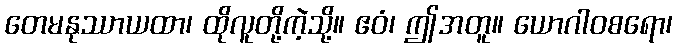
တေမနုဿာယထာ၊ ထိုလူတို့ကဲ့သို့။ ဧဝံ၊ ဤအတူ။ ယောဂါဝစရော၊